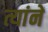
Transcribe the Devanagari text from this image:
त्यांनें